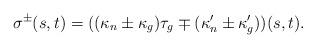
LaTeX: \begin{align*}\sigma^\pm (s,t)=((\kappa _n\pm\kappa _g)\tau _g\mp(\kappa_n'\pm\kappa_g'))(s,t).\end{align*}